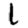
Digit: 1